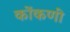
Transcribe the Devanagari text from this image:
कोंकणीं